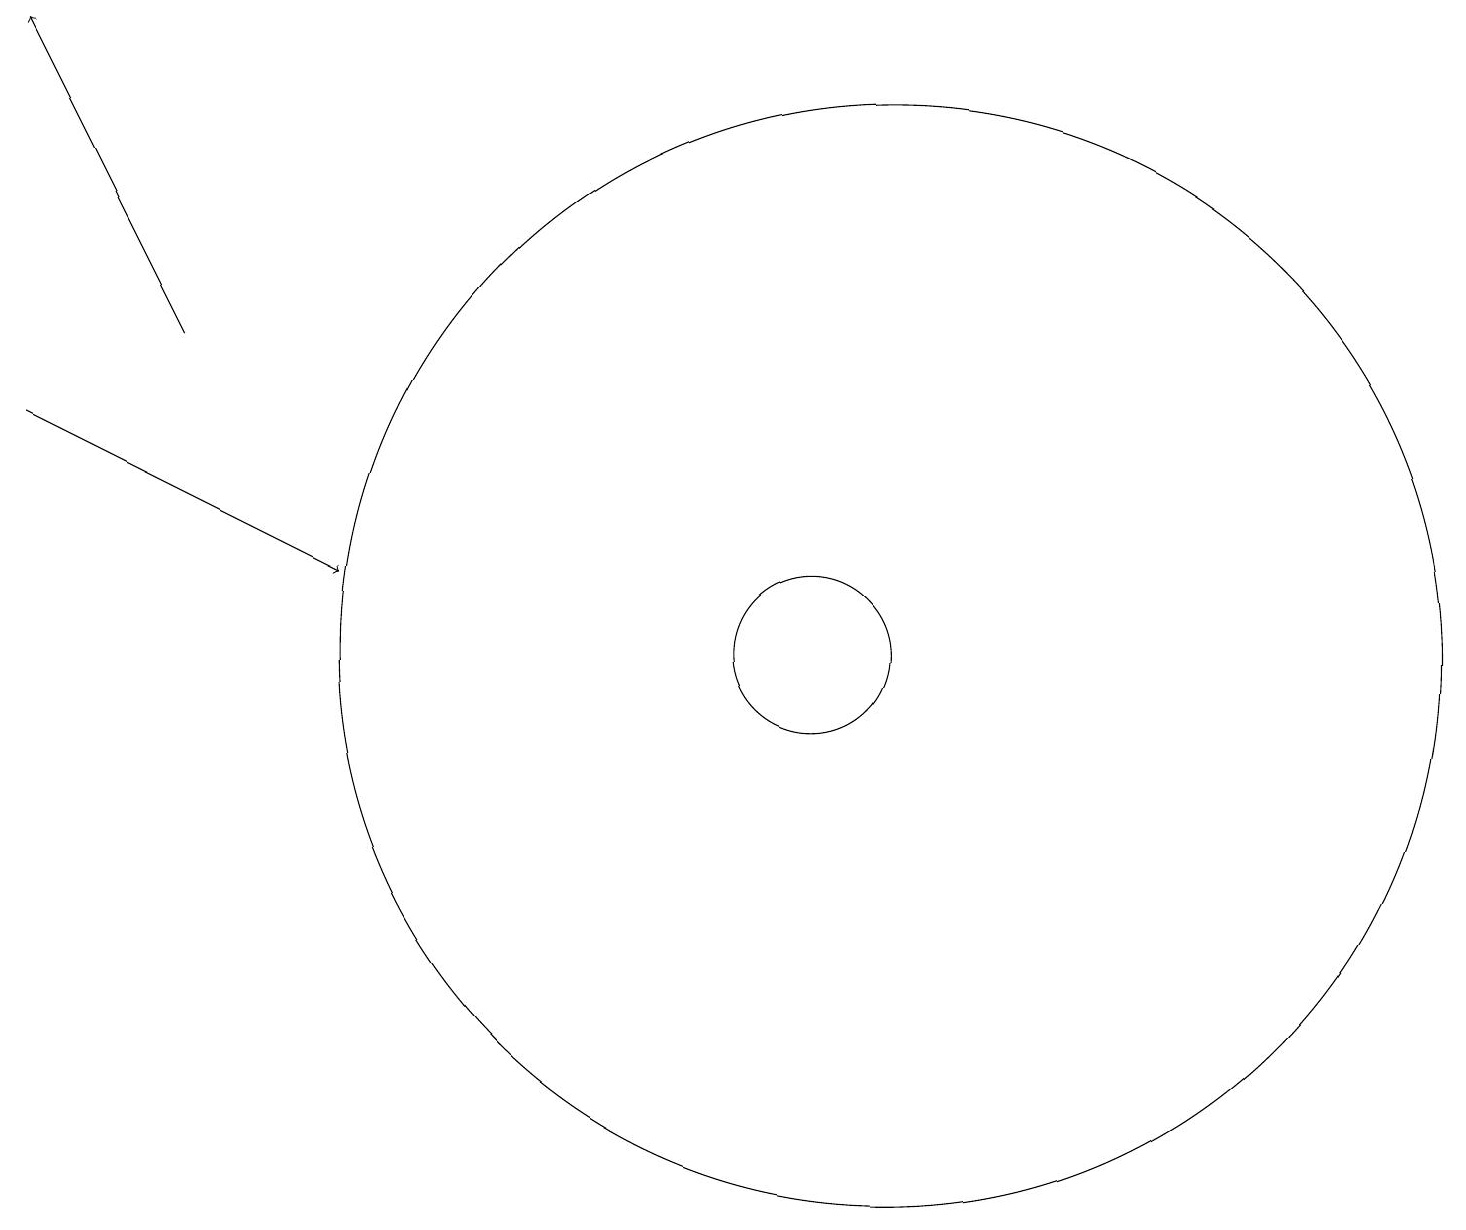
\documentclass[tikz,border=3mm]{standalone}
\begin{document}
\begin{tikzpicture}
\draw (12,11) circle (7);
\draw[->] (3,15) -- (1,19);
\draw (11,11) circle (1);
\draw[->] (1,14) -- (5,12);
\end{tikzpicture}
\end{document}